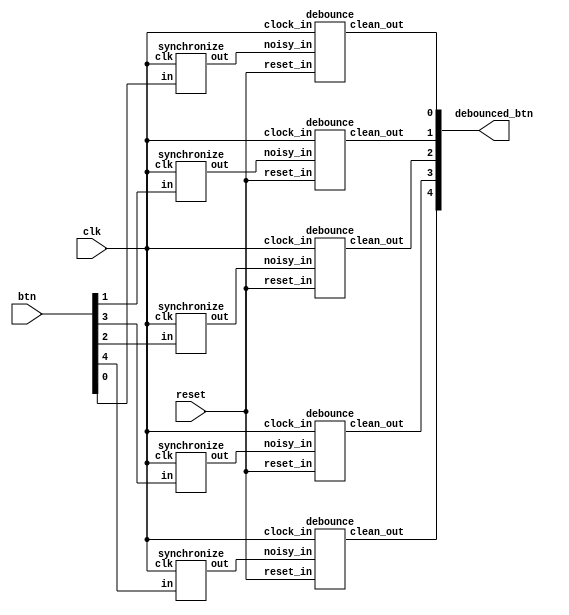
`timescale 1ns / 1ps

module debouncer(input clk, input [4:0]btn, input reset, output [4:0]debounced_btn);
	wire hidden, brake, driver, passenger, reprogram;
	
	synchronize s1(.clk(clk), .in(btn[1]), .out(hidden));
	synchronize s2 (.clk(clk), .in(btn[3]), .out(brake));
	synchronize s3 (.clk(clk), .in(btn[2]), .out(driver));
	synchronize s4 (.clk(clk), .in(btn[4]), .out(passenger));
	synchronize s5 (.clk(clk), .in(btn[0]), .out(reprogram));
	
	debounce d1 (.clock_in(clk), .noisy_in(hidden), .clean_out(debounced_btn[1]), .reset_in(reset));
	debounce d2 (.clock_in(clk), .noisy_in(brake), .clean_out(debounced_btn[3]), .reset_in(reset));
	debounce d3 (.clock_in(clk), .noisy_in(driver), .clean_out(debounced_btn[2]), .reset_in(reset));
	debounce d4 (.clock_in(clk), .noisy_in(passenger), .clean_out(debounced_btn[4]), .reset_in(reset));
	debounce d5 (.clock_in(clk), .noisy_in(reprogram), .clean_out(debounced_btn[0]), .reset_in(reset));
endmodule


module synchronize 
#(parameter NSYNC = 3)  // number of sync flops.  must be >= 2
(input clk,in, output reg out);

  reg [NSYNC-2:0] sync;

  always @ (posedge clk)
  begin
    {out,sync} <= {sync[NSYNC-2:0],in};
  end
endmodule

module debounce (input reset_in, clock_in, noisy_in,output reg clean_out);
   reg [19:0] count;
   reg new_input;

   always @(posedge clock_in)
     if (reset_in) begin 
        new_input <= noisy_in; 
        clean_out <= noisy_in; 
        count <= 0; end
     else if (noisy_in != new_input) begin new_input<=noisy_in; count <= 0; end
     else if (count == 1000000) clean_out <= new_input;
     else count <= count+1;
endmodule


module time_parameters(input [1:0]interval_signal, input reprogram, 
input [1:0]time_parameter_selector, input [3:0]time_value, 
output reg[3:0]delay);

reg [3:0] time_values [0:3];

initial begin
    time_values[0] = 4'd6;   // T_ARM_DELAY
    time_values[1] = 4'd8;   // T_DRIVER_DELAY
    time_values[2] = 4'd15;  // T_PASSENGER_DELAY
    time_values[3] = 4'd10;  // T_ALARM_ON
end

always @(interval_signal) begin
	delay = time_values[interval_signal];
end

always @(posedge reprogram) begin
	time_values[time_parameter_selector] = time_value;
end
endmodule


module timer(input clk, input start_timer, input [3:0]countdown_amount, input reset,
output reg expired_signal, output reg one_hz_enable, output reg [3:0]internal_counter);

reg [26:0]clk_counter = 0;
reg timer_on;

initial begin
	internal_counter = 4'b0000;
end

always @ (posedge clk) begin
	if (reset) begin
		internal_counter <= 0;
		clk_counter <= 0;
		timer_on <= 1;
	end
	
	if (start_timer) begin
		internal_counter <= countdown_amount;
		clk_counter <= 0;
		timer_on <= 1;
	end

	expired_signal <= 0;
	
	if (timer_on && internal_counter == 4'b0000) begin
		expired_signal <= 1;
		timer_on <= 0;
	end
	
	clk_counter <= clk_counter + 1'b1;
	one_hz_enable = 0;
	
	if (clk_counter == 5 - 1) begin
		clk_counter <= 0;
		one_hz_enable = 1;
		
		if (internal_counter != 4'b0000) begin
			internal_counter <= internal_counter - 4'b0001;
		end
	end
end
endmodule


module anti_theft_fsm(input clk, input [4:0]btn, input [3:0]time_value, 
input [1:0]time_parameter_selector, input ignition, input reset, output reg[1:0]led, output power, output [6:0]seg, output [3:0]an);
// Led 0: Status
// Led 1: Siren

reg [2:0] state = 3'b000; // Initially armed
// State 000: Armed
// State 001: Triggered
// State 010: Sound Alarm
// State 011: Sound Alarm + Doors Closed
// State 100: Disarmed
// State 101: Disarmed + Ignition OFF
// State 110: Disarmed + Ignition OFF + Driver ON
// State 111: Disarmed + Ignition OFF + Driver ON + Driver OFF

wire one_hz_enable;
reg start_timer, timer_reset;
wire [3:0]countdown_amount, internal_counter;
timer t(.clk(clk), .start_timer(start_timer), .countdown_amount(countdown_amount), .reset(timer_reset), 
.expired_signal(expired_signal), .one_hz_enable(one_hz_enable), .internal_counter(internal_counter));

wire hidden, brake, driver, passenger, reprogram;
debouncer d(.clk(clk), .btn(btn), .reset(reset), .debounced_btn({passenger, brake, driver, hidden, reprogram}));

reg [1:0]countdown_type;
time_parameters tp(.interval_signal(countdown_type), .reprogram(reprogram), 
.time_parameter_selector(time_parameter_selector), .time_value(time_value),
.delay(countdown_amount));

seven_segment_display ssd(.clk(clk), .number({internal_counter, 1'b0, state}), .reset(reset), .anode(an), .seg(seg));
			
fuel_pump fp(.clk(clk), .ignition(ignition), .brake(brake), .hidden(hidden), .power(power));

initial begin
		led = 3'b000;
		start_timer = 0;
end

always @(posedge clk) begin
	start_timer <= 1'b0;
	timer_reset = 1'b0;
	
	if (reprogram || reset) begin
		timer_reset = 1'b1;
		state <= 3'b000;
	end
	if (state == 3'b000) begin	// Armed
		if (one_hz_enable) begin
			led[0] = !led[0];
		end
		led[1] = 0;
		
		if (ignition) begin
			state <= 3'b100;
		end
		
		if (driver || passenger) begin 
			countdown_type = driver ? 2'd1:2'd2;
			start_timer <= 1'b1;
			state <= 3'b001;
		end
	end

	if (state == 3'b001) begin	// Triggered
		led[0] = 1;
		led[1] = 0;
		
		if (ignition) begin
			state <= 3'b100;
			timer_reset = 1'b1;
		end
		
		if (expired_signal && !ignition) begin
			state <= 3'b010;
		end
	end

	if (state == 3'b010) begin	// Sound Alarm
		led[0] = 1;
		led[1] = 1;
		
		if (!driver && !passenger) begin
			start_timer <= 1'b1;
			countdown_type = 2'd3;
			state <= 3'b011;
		end
		
		if (ignition) begin 
			led[1] = 0;
			state <= 3'b100;
		end
	end
	
	if (state == 3'b011) begin	// Sound alarm + Doors Closed
		if (expired_signal) begin
			led[1] = 0;
			state <= 3'b000;
		end
	end
		
	if (state == 3'b100) begin	// Disarmed
		led[0] = 0;
		led[1] = 0;
		
		if (!ignition) begin
			state <= 3'b101;
		end
	end
	
	if (state == 3'b101) begin	// Disarmed + Ignition OFF
		if (driver) begin
			state <= 3'b110;
		end
	end
	
	if (state == 3'b110) begin	// Disarmed + Ignition OFF + Driver ON
		if (!driver) begin
			countdown_type = 2'd0;
			start_timer <= 1'b1;
			state <= 3'b111;
		end
	end
	
	if (state == 3'b111) begin	// Disarmed + Ignition OFF + Driver ON + Driver OFF
		if (driver) begin
			state <= 3'b110;
		end
		
		if (expired_signal) begin
			state <= 3'b000;
		end
	end
end
endmodule


module fuel_pump (input clk, input ignition, input brake, input hidden, output reg power);
reg [1:0]state = 2'b00;
// State 00: Power OFF
// State 01: Ignition ON
// State 10: Power ON

always @ (posedge clk) begin
	if (state == 2'b00) begin
		power = 1'b0;

		if (ignition) begin
			state <= 2'b01;
		end
	end

	if (state == 2'b01) begin
		if (hidden && brake) begin
			state <= 2'b10;
		end
	end

	if (state == 2'b10) begin
		power = 1'b1;
		if (!ignition) begin
			state <= 2'b00;
		end
	end
end
endmodule


module seven_segment_display(input clk, input [7:0] number, input reset,
output reg [3:0] anode, output reg [6:0] seg);
	 
reg [3:0] LED_BCD;
reg [19:0] refresh_counter;
wire [1:0] LED_activating_counter;

always @(posedge clk or posedge reset)
begin 
  if(reset==1)
		refresh_counter <= 0;
  else
		refresh_counter <= refresh_counter + 1;
end 

assign LED_activating_counter = refresh_counter[19:18];
always @(*)
begin
  case(LED_activating_counter)
  2'b00: begin
		anode = 4'b1110; 
		LED_BCD = number[3:0];
  end
  2'b10: begin
		anode = 4'b1101; 
		LED_BCD = number[7:4];
  end
  default: begin
		anode = 4'b1111; 
		LED_BCD = 4'b0000;
  end
  endcase
end

always @(*)
begin
  case(LED_BCD)
	  4'b0000: seg = 7'b1000000; // "0"  
	  4'b0001: seg = 7'b1111001; // "1" 
	  4'b0010: seg = 7'b0100100; // "2" 
	  4'b0011: seg = 7'b0110000; // "3" 
	  4'b0100: seg = 7'b0011001; // "4" 
	  4'b0101: seg = 7'b0010010; // "5" 
	  4'b0110: seg = 7'b0000010; // "6" 
	  4'b0111: seg = 7'b1111000; // "7" 
	  4'b1000: seg = 7'b0000000; // "8"  
	  4'b1001: seg = 7'b0010000; // "9" 
	  4'b1010: seg = 7'b0001000; // "A" 
	  4'b1011: seg = 7'b0000000; // "B" 
	  4'b1100: seg = 7'b1000110; // "C" 
	  4'b1101: seg = 7'b1000000; // "D" 
	  4'b1110: seg = 7'b0000110; // "E" 
	  4'b1111: seg = 7'b0001110; // "F" 
	  default: seg = 7'b1000000; // "0"
  endcase
end
endmodule